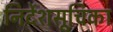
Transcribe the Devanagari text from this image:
निर्देशसूचिका